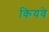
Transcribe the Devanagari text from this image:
कियवे